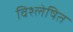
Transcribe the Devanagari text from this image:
विश्‍लेषित